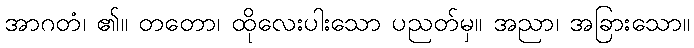
အာဂတံ၊ ၏။ တတော၊ ထိုလေးပါးသော ပညတ်မှ။ အညာ၊ အခြားသော။